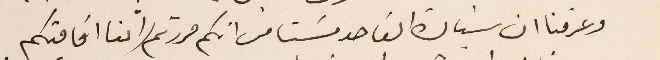
وعرفنا ان سيادة القاصد مسَتا من انكم مررتم (اثنا اقامتكم